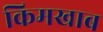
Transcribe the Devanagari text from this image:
किमखाब